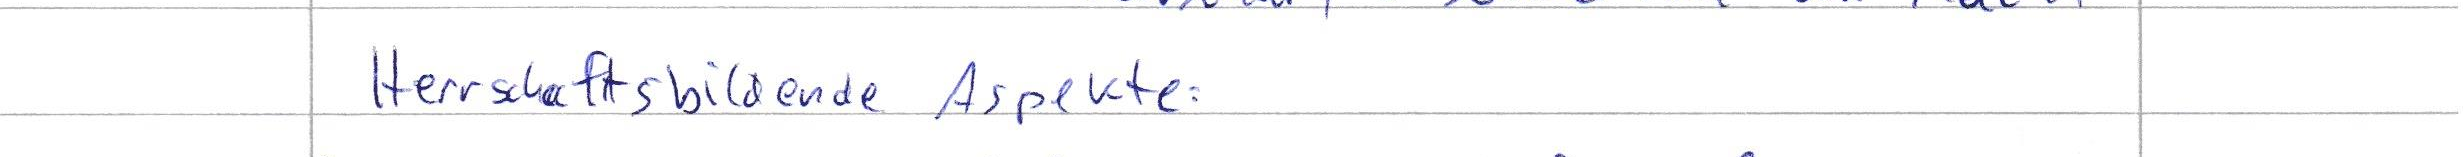
Herrschaftsbildene Aspekte: